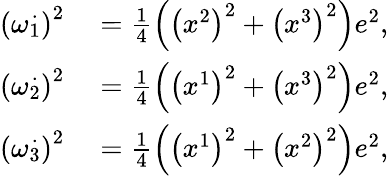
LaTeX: \begin{array}{rl}{\left(\omega\overset{.}{_{1}}\right)^{2}}&{{}=\frac{1}{4}\left(\left(x^{2}\right)^{2}+\left(x^{3}\right)^{2}\right)e^{2},}\\ {\left(\omega\overset{.}{_{2}}\right)^{2}}&{{}=\frac{1}{4}\left(\left(x^{1}\right)^{2}+\left(x^{3}\right)^{2}\right)e^{2},}\\ {\left(\omega\overset{.}{_{3}}\right)^{2}}&{{}=\frac{1}{4}\left(\left(x^{1}\right)^{2}+\left(x^{2}\right)^{2}\right)e^{2},}\end{array}